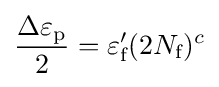
{\Delta \varepsilon _{\text{p}} \over 2}=\varepsilon _{\text{f}}^{\prime }(2N_{\text{f}})^{c}